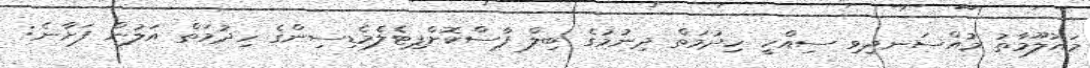
މައުލޫމާތު މުއްސަނދިވި ސިއްހީ ހިދުމަތް ދިނުމުގެ ބިލް ފާސްކޮށްފިޓެލެމެޑިސިންގެ ހިދުމަތް އަލުން ފަށާނެ: